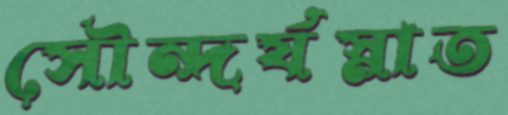
সৌন্দর্যস্নাত